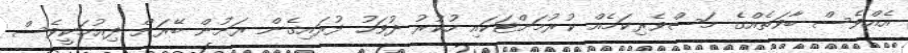
އެއްވެސް ބާވަތެއްގެ މަސްވެރިކަމެއް ކުރުމަށްޓަކައި ހުކުރު ދުވަހު ފުރައިގެން ރަށުން ބޭރަށް ދިއުމަކީވެސް